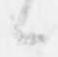
候